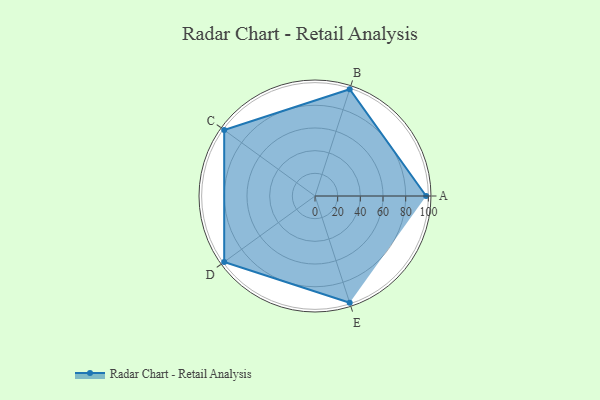
{"axis": {"x": "Skill", "y": "Score"}, "legend": ["Profile"], "data": [{"x": "A", "y": 98.0, "type": "Profile"}, {"x": "B", "y": 99.0, "type": "Profile"}, {"x": "C", "y": 99, "type": "Profile"}, {"x": "D", "y": 99, "type": "Profile"}, {"x": "E", "y": 99, "type": "Profile"}]}